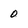
Character: o